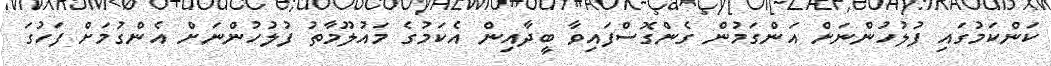
ކަންކަމުގައި ފުލުހުންނަށް އަންގަމުން ގެންގޮސްފައިވާ ބީދާއިން އެކަމުގެ މައުލޫމާތު ފުލުހުންނަށް އެންގުމަށް ފަހުގަ